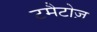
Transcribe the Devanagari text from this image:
टमैटोज़